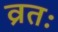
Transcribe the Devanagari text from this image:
व्रतः